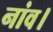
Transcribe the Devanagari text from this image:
नांव।